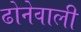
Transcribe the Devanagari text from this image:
ढोनेवाली